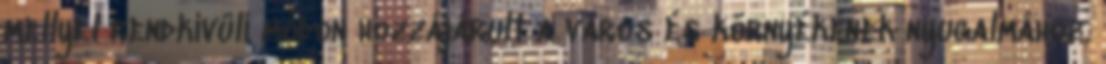
mellyel rendkívüli módon hozzájárult a város és környékének nyugalmához.